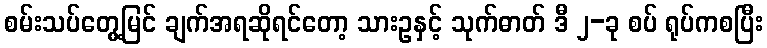
စမ်းသပ်တွေ့မြင် ချက်အရဆိုရင်တော့ သားဥနှင့် သုက်ဓာတ် ဒီ ၂-ခု စပ် ရုပ်ကစပြီး